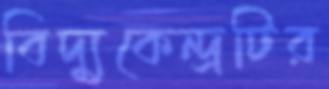
বিদ্যুকেন্দ্রটির